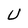
Character: U